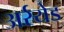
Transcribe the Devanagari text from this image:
अर्रयेड